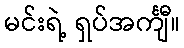
မင်းရဲ့ ရှပ်အင်္ကျီ။